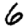
Digit: 6